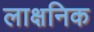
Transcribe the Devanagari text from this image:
लाक्षनिक